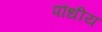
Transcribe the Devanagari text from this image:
पौधीय